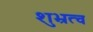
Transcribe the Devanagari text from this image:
शुभ्रत्व